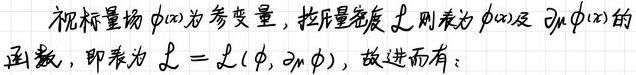
视标量场$\phi(x)$为参变量，拉氏量密度$\mathcal{L}$则表为$\phi(x)$及$\partial_{\mu}\phi(x)$的函数，即表为$\mathcal{L}=\mathcal{L}(\phi,\partial_{\mu}\phi)$，故进而有：